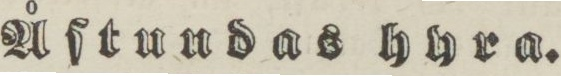
Åſtundas köpa.